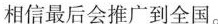
相信最后会推广到全国。